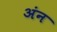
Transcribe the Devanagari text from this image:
अंन